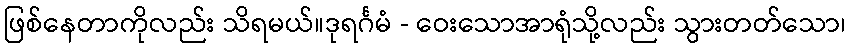
ဖြစ်နေတာကိုလည်း သိရမယ်။ဒုရင်္ဂမံ - ဝေးသောအာရုံသို့လည်း သွားတတ်သော၊